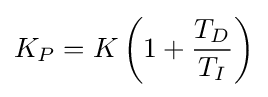
K_{P}=K\left(1+{\frac {T_{D}}{T_{I}}}\right)